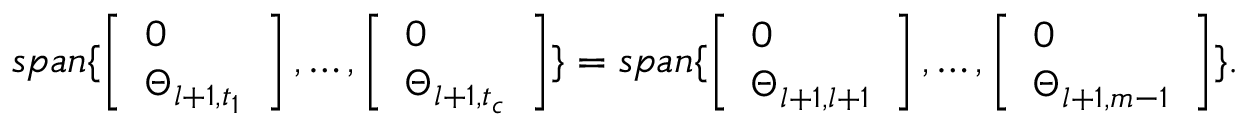
s p a n \{ \left[ \begin{array} { l } { 0 } \\ { \Theta _ { l + 1 , t _ { 1 } } } \end{array} \right] , \dots , \left[ \begin{array} { l } { 0 } \\ { \Theta _ { l + 1 , t _ { c } } } \end{array} \right] \} = s p a n \{ \left[ \begin{array} { l } { 0 } \\ { \Theta _ { l + 1 , l + 1 } } \end{array} \right] , \dots , \left[ \begin{array} { l } { 0 } \\ { \Theta _ { l + 1 , m - 1 } } \end{array} \right] \} .